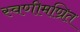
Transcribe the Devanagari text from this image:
स्वणीमण्रित